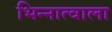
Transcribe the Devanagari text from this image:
भिन्नात्वाला